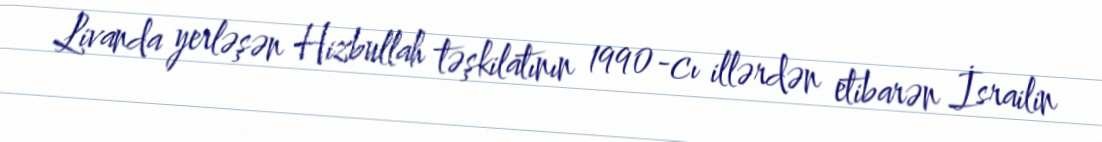
Livanda yerləşən Hizbullah təşkilatının 1990-cı illərdən etibarən İsrailin